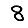
Digit: 8